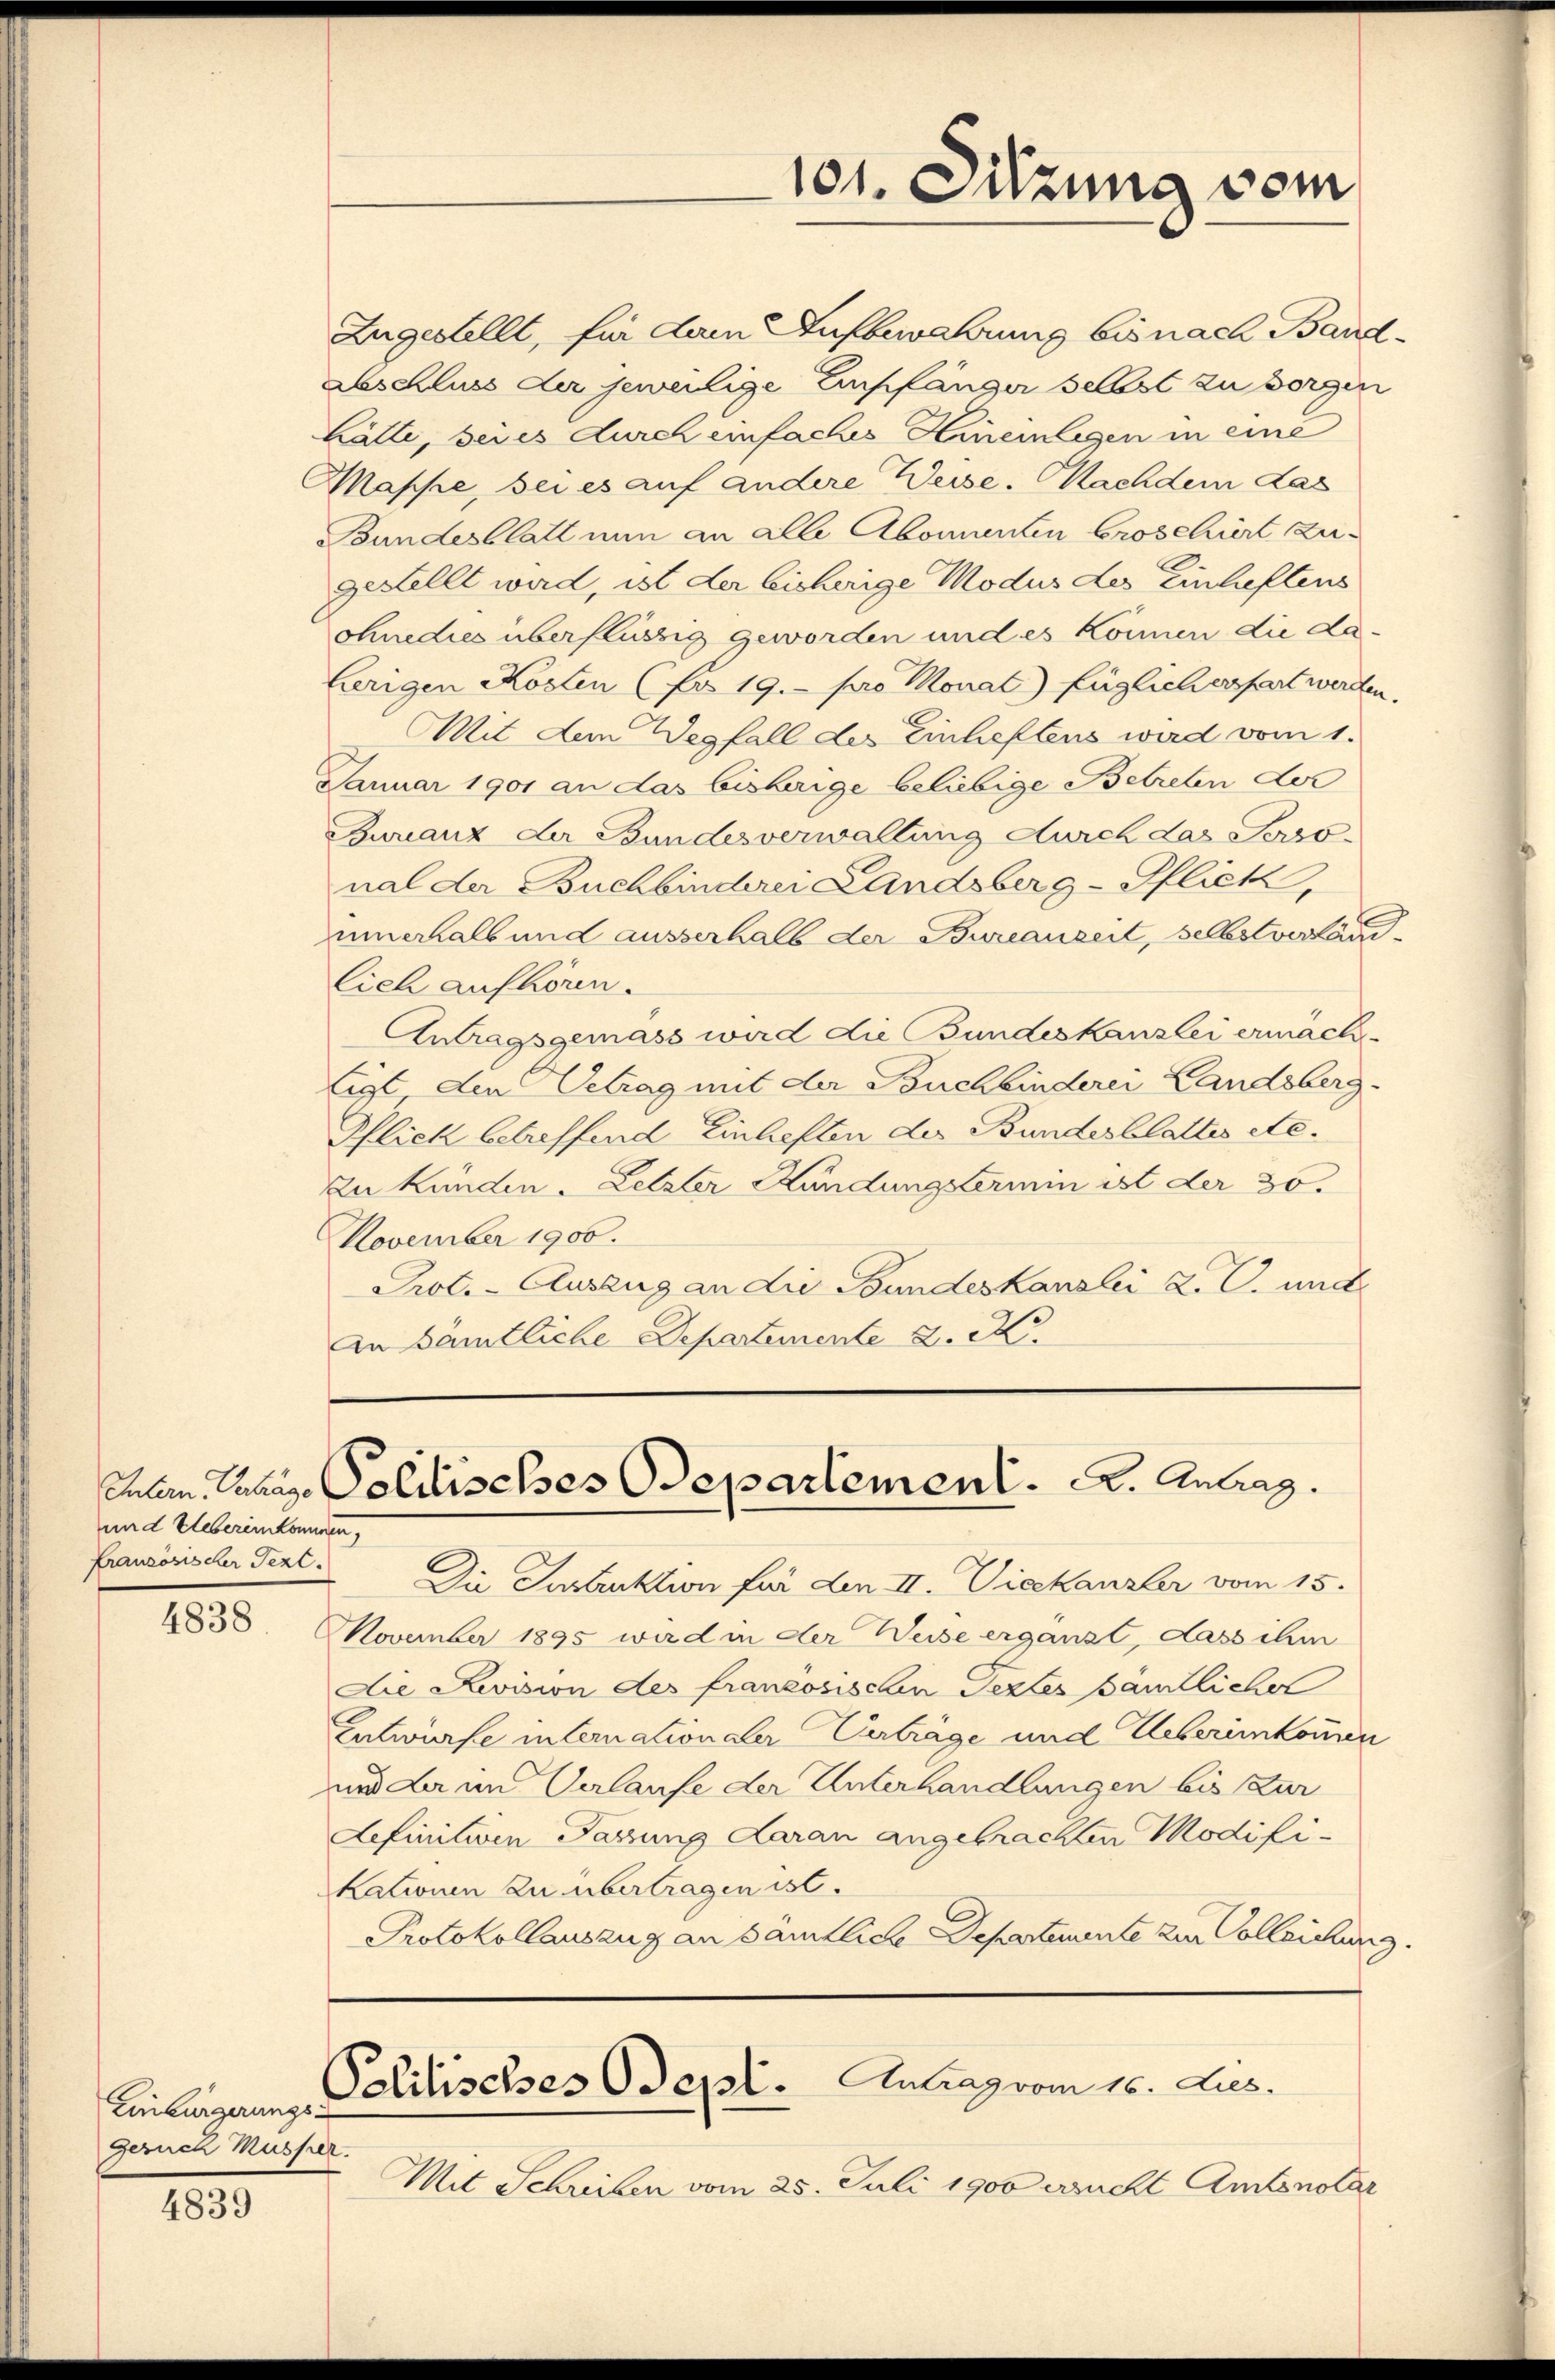
und Uebereinkommen,
Französischer Text.

4838

Einbürgerungs
Geruch Musser.

4839

Zugestellt, für dem Aufbewahrung bis nach Band¬
Aeschluss der jeweilige Empfänger selbst zu vorgen
Lätte, sei es durch einfaches Hineinlegen in eine
Mappe, bei es auf andere Weise. Nachdem das
Bundesblatt nun an alle Abonnenten broseliert zugefallt wird, ist der bisherige Modus des Einheftens
chnedies überflüssig geworden und es können die da-
herigen Kosten (fo 19. pro Monat) füglicherfert werden.
Mit dem Wegfall des Einheftens wird vom 1.
Januar 1901 an das bisherige beliebige Betreten der
Guranz der Bundesverwaltung durch das Perso
nal der Buchbinderei Landsberg-Pflick,
unnerhalb und ausserhalb der Bureauzeit, selbstverfan
lich aufhören.
Antragsgemäss wird die Bundeskanzlei ermächtigt, den Getrag mit der Buchbinderei Landsberg-
Pflick betreffend Einheften der Bundesblattes etc.
Zu kunden. Letzter Kündungstermin ist der 30.
November 1900.
Prot. - Auszug an die Bundeskanzlei R. G. und
An sämtliche Departemente 2. M.

Die Instruktion für den II. Vieekanzler vom 15.
November 1895 wird in der Weise ergänzt, dass ihm
Die Revision des französischen Textes sämtlicher
Entwürfe internationaler Verträge und Uebereinkommen
und dann Verlaufe der Unterhandlungen bis zur
definitiven Passung daran angebrachten Modifi-
kationen zu übertragen ist.
Protokollauszug an sämtliche Departemente zur Colleichung.

101. Sitzung vom

Eulen Zulage Politisches Departement. A. Antrag.

Politisches Osepl. Antrag vom 16. Jus

Mit Schreiben vom 25. Juli 1900 aucht Amtsnotar